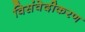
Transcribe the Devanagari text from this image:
विसंवेदीकरण